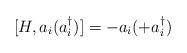
LaTeX: \begin{align*}[H, a_i (a_i^\dagger)] = -a_i(+a_i^\dagger)\end{align*}